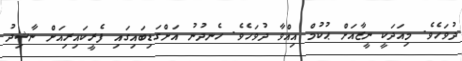
ދުވަހެވެ. މިއަދަކީ ނީޒާއަށް ޙުކުމް އިއްވާ ދުވަހެވެ. ހެނދުނު އަށްގަޑިބައިގައި ފެރީކައިރިއަށް ނާޝިދު